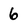
Character: 6